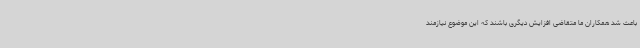
باعث شد همکاران ما متقاضی افزایش دیگری باشند که این موضوع نیازمند